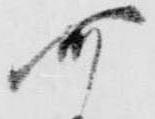
可